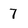
Character: 7